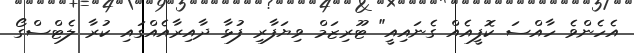
އެހެންވެ ހާއްސަ ކޮފީއެއް ގެނައިއީ" ޓޫރިޒަމް ވިޔަފާރި ފުޅާ ދާއިރާއެއްގައި ކުރާ ލެޓްސްގޯ